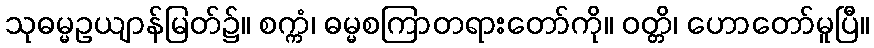
သုဓမ္မဥယျာန်မြတ်၌။ စက္ကံ၊ ဓမ္မစကြာတရားတော်ကို။ ဝတ္တိ၊ ဟောတော်မူပြီ။